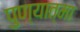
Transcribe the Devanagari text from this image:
पुण्‍यात्‍मा